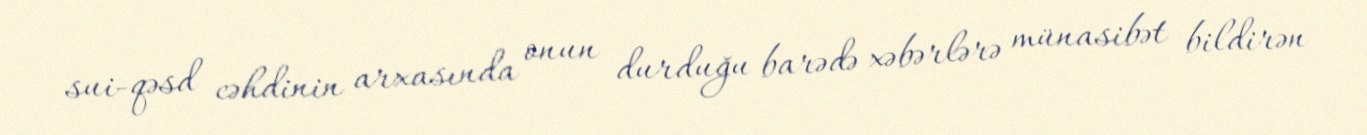
sui-qəsd cəhdinin arxasında onun durduğu barədə xəbərlərə münasibət bildirən